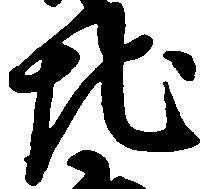
地